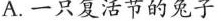
A. 一只复活节的兔子